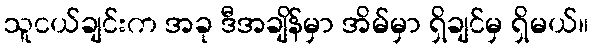
သူငယ်ချင်းက အခု ဒီအချိန်မှာ အိမ်မှာ ရှိချင်မှ ရှိမယ်။